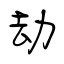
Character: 劫